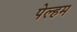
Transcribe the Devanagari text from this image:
पेल्हम